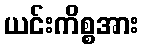
ယင်းကိစ္စအား